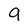
Character: g